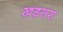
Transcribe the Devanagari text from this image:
खड़सरा